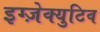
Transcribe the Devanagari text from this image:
इग्ज़ेक्युटिव